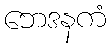
ဘေဒနကံ